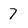
Character: 7